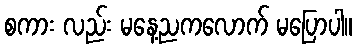
စကား လည်း မနေ့ညကလောက် မပြောပါ။